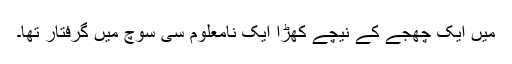
میں ایک چھجے کے نیچے کھڑا ایک نامعلوم سی سوچ میں گرفتار تھا۔